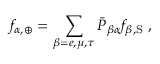
f _ { \alpha , \oplus } = \sum _ { \beta = e , \mu , \tau } \bar { P } _ { \beta \alpha } f _ { \beta , \mathrm { S } } \; ,